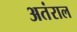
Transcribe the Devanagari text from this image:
अतंराल